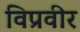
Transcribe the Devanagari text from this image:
विप्रवीर